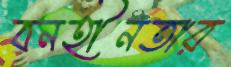
বনহীনতার